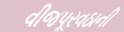
વીજપૂરવઠાની